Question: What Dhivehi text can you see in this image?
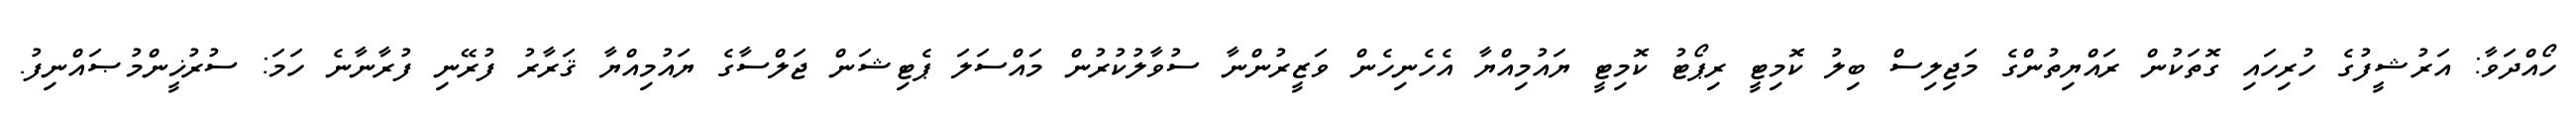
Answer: ހޯއްދަވާ: އަރުޝީފުގެ ހުރިހައި ގޮތަކުން ރައްޔިތުންގެ މަޖިލިސް ބިލު ކޮމިޓީ ރިޕޯޓު ކޮމިޓީ ޔައުމިއްޔާ އެހެނިހެން ވަޒީރުންނާ ސުވާލުކުރުން މައްސަލަ ޕެޓިޝަން ޖަލްސާގެ ޔައުމިއްޔާ ޤަރާރު ފުރޭނި ފުރާނާނެ ހަމަ: ސުރުޚީންމުޞައްނިފު.